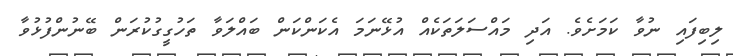
ލިބިފައި ނުވާ ކަމަށެވެ. އަދި މައްސަލަތަކެއް އުޅޭނަމަ އެކަންކަން ބައްލަވާ ތަހުގީގުކުރަން ބޭނުންފުޅުވާ